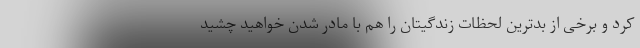
کرد و برخی از بدترین لحظات زندگیتان را هم با مادر شدن خواهید چشید